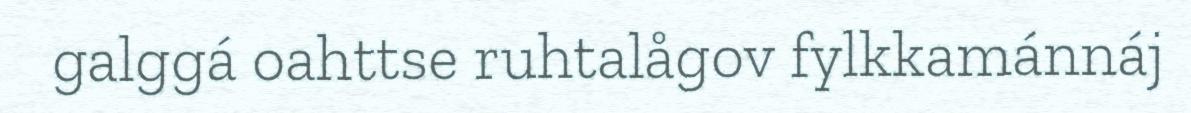
galggá oahttse ruhtalågov fylkkamánnáj